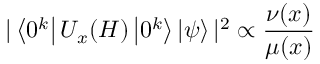
| \left\langle 0 ^ { k } \right| U _ { x } ( H ) \left| 0 ^ { k } \right\rangle \left| \psi \right\rangle | ^ { 2 } \propto \frac { \nu ( x ) } { \mu ( x ) }